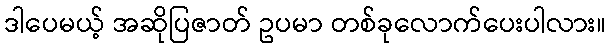
ဒါပေမယ့် အဆိုပြဇာတ် ဥပမာ တစ်ခုလောက်ပေးပါလား။